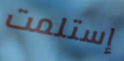
إستلمت